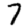
Digit: 7